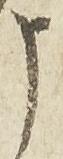
申